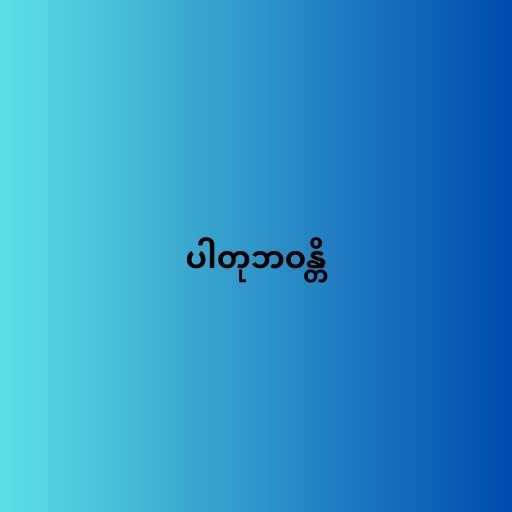
ပါတုဘဝန္တိ